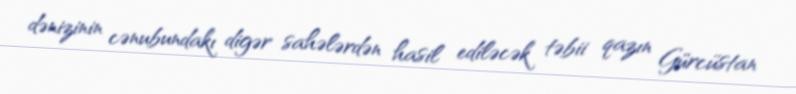
dənizinin cənubundakı digər sahələrdən hasil ediləcək təbii qazın Gürcüstan